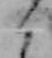
く